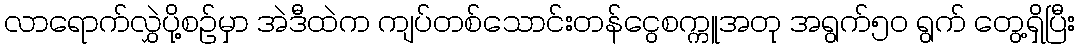
လာရောက်လွှဲပို့စဉ်မှာ အဲဒီထဲက ကျပ်တစ်သောင်းတန်ငွေစက္ကူအတု အရွက်၅ဝ ရွက် တွေ့ရှိပြီး